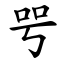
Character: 㕺